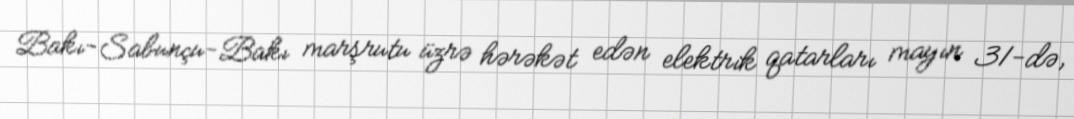
Bakı-Sabunçu-Bakı marşrutu üzrə hərəkət edən elektrik qatarları mayın 31-də,